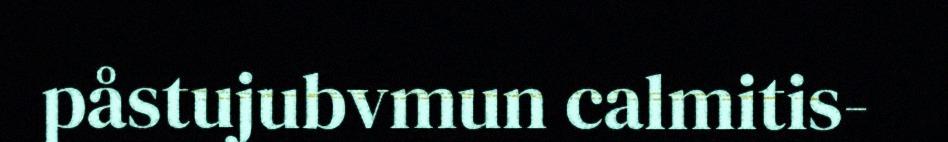
påstujubvmun calmitis-